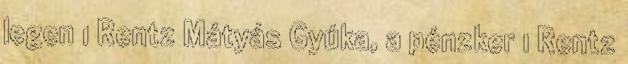
legen 1 Rentz Mátyás Gyúka, a pénzker 1 Rentz